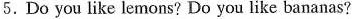
5.Do you like lemons? Do you like bananas?